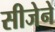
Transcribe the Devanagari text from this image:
सीजेने